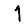
Digit: 1